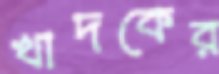
খাদকের